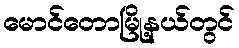
မောင်တောမြို့နယ်တွင်